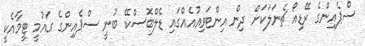
ސްޕެއިންގެ ރޭޑިއޯ ޗެނަލަކަށް ދިން އިންޓަވިއުއެއްގައި ޑެލްބޮސްކޭ ބުނީ ސްޕެއިންގެ ގައުމީ ޓީމާއެކީ